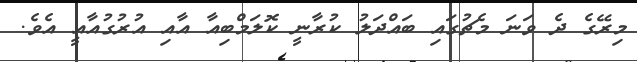
މިރޭގެ ދެ ވަނަ މެޗުގައި ބައްދަލު ކުރާނީ ކޮލަމްބިއާ އާއި އުރުގުއާއީ އެވެ.